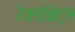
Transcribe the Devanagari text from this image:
टेक्नोक्रेट्स